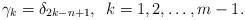
LaTeX: \begin{align*}\gamma_{k}=\delta_{2k-n+1},\,\,\,k=1,2,\ldots,m-1.\end{align*}